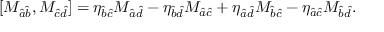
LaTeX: [ M _ { \hat { a } \hat { b } } , M _ { \hat { c } \hat { d } } ] = \eta _ { \hat { b } \hat { c } } M _ { \hat { a } \hat { d } } - \eta _ { \hat { b } \hat { d } } M _ { \hat { a } \hat { c } } + \eta _ { \hat { a } \hat { d } } M _ { \hat { b } \hat { c } } - \eta _ { \hat { a } \hat { c } } M _ { \hat { b } \hat { d } } .